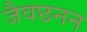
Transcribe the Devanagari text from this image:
जैवछनन